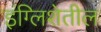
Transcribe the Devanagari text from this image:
इंग्लिशेतील